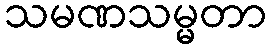
သမဏသမ္မတာ